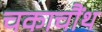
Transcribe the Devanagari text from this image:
चकाचौंथ